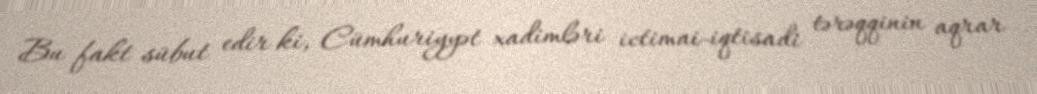
Bu fakt sübut edir ki, Cümhuriyyət xadimləri ictimai-iqtisadi tərəqqinin aqrar